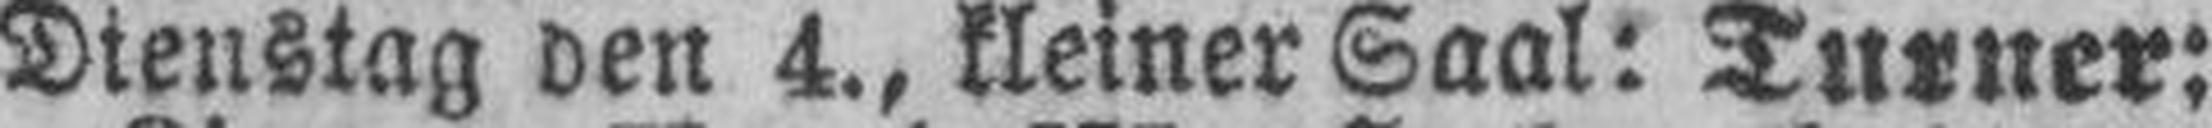
Dienstag den 4., kleiner Saal: Turner: